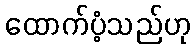
ထောက်ပံ့သည်ဟု